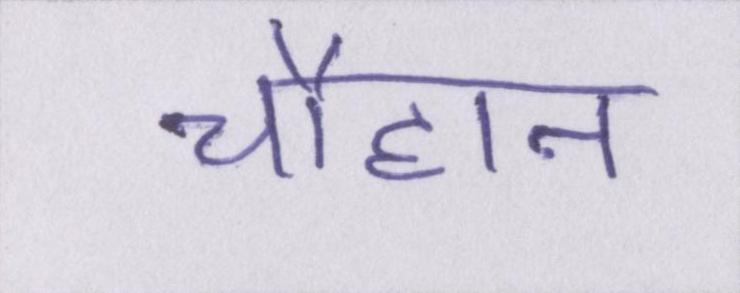
चौहान